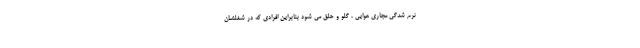
نرم شدگی مجاری هوایی ، گلو و حلق می شود بنابراین افرادی که در شغلشان